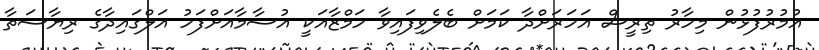
އުމުރުފުޅުން މިހާރު ތިރީސް އަހަރަށްދާ ކަމަށް ބެލެވިފައިވާ ހަމްޒާއަކީ އުސާމާއަށްފަހު އަލްގައިދާގެ ރިޔާސަތާ